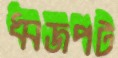
ধ্বজপট